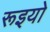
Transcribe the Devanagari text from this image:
रूइयो